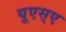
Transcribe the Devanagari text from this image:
यूएस्‌ए